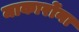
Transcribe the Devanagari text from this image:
माकार्रोना